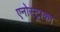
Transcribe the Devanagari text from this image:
एनोस्ट्राका